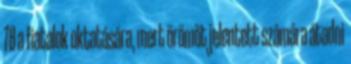
78 a fiatalok oktatására, mert örömöt jelentett számára átadni